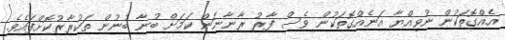
އެއްގޮތަކުން ނުވިއްޔާ އަނެއްގޮތަކުން ވެސް ފާރު ރާނާނަން ކަމަށް ބުނާ ބުނުން ތަކުރާރުކޮށްފައެވެ.